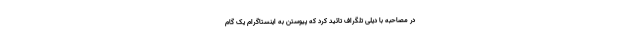
در مصاحبه با دیلی تلگراف تائید کرد که پیوستن به اینستاگرام یک گام